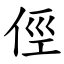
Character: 俓